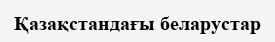
Қазақстандағы беларустар